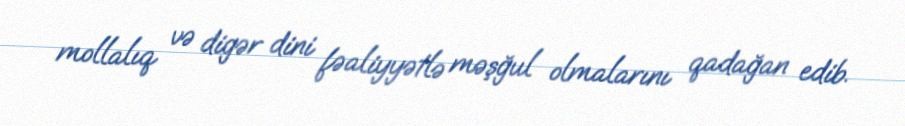
mollalıq və digər dini fəaliyyətlə məşğul olmalarını qadağan edib.